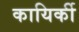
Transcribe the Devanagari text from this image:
कायिर्की